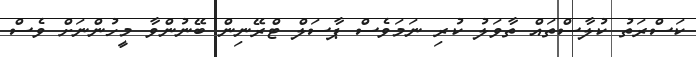
ކަސްރަތު ކުލާސްތައް ތާވަލު ކުރި ނަމަވެސް ޕާސަލް ޓްރޭނިން ބޭނުންވާ މީހުންނަށް ވެސް